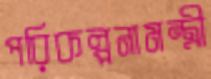
পরিকল্পনামন্ত্রী